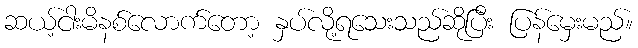
ဆယ့်ငါးမိနစ်လောက်တော့ နှပ်လို့ရသေးသည်ဆိုပြီး ပြန်မှေးမည်။